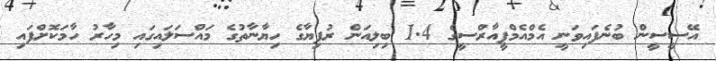
އޭސީސީން ބުނެފައިވަނީ އެމްއެމްޕީއާރްސީގެ 1.4 ބިލިއަން ރުފިޔާގެ ހިޔާނާތުގެ މައްސަލައިގައި މިހާރު ހާމަކޮށްފައި